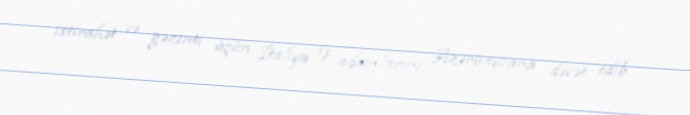
istirahət və gəzinti üçün İtaliya iş adamlarını Azərbaycana dəvət edib.